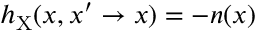
h _ { \mathrm { X } } ( x , x ^ { \prime } \to x ) = - n ( x )